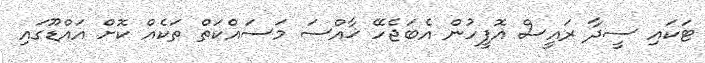
ޓަކައި ސީދާ ރައީސް އޮފީހުން އެބަޖެހޭ ޚާއްސަ މަސައްކަތް ތަކެއް ކޮށް އައްޑޫގައި